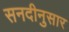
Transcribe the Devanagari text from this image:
सनदीनुसार